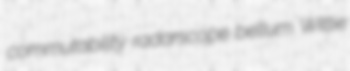
commutability radarscope bellum Wittie